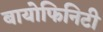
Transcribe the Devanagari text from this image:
बायोफिनिटी